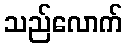
သည်လောက်